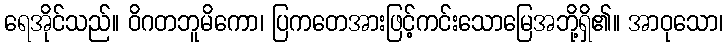
ရေအိုင်သည်။ ဝိဂတဘူမိကော၊ ပြကတေအားဖြင့်ကင်းသောမြေအဘို့ရှိ၏။ အာဝုသော၊